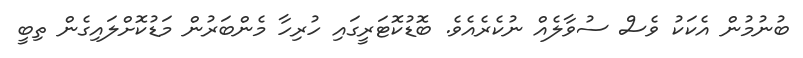
ބުނުމުން އެކަކު ވެސް ސުވާލެއް ނުކެރެއެވެ. ބޮޑުކޮޓަރީގައި ހުރިހާ މެންބަރުން މަޑުކޮށްލައިގެން ތިބީ